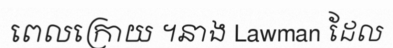
ពេលក្រោយ ។នាង Lawman ដែល